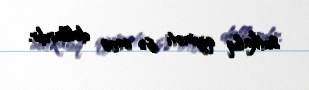
sutkalıq qiyməti isə 6400 dollardır.